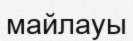
майлауы